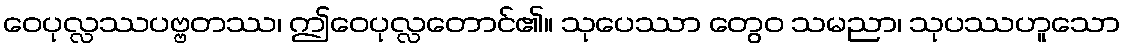
ဝေပုလ္လဿပဗ္ဗတဿ၊ ဤဝေပုလ္လတောင်၏။ သုပေဿာ တွေဝ သမညာ၊ သုပဿဟူသော